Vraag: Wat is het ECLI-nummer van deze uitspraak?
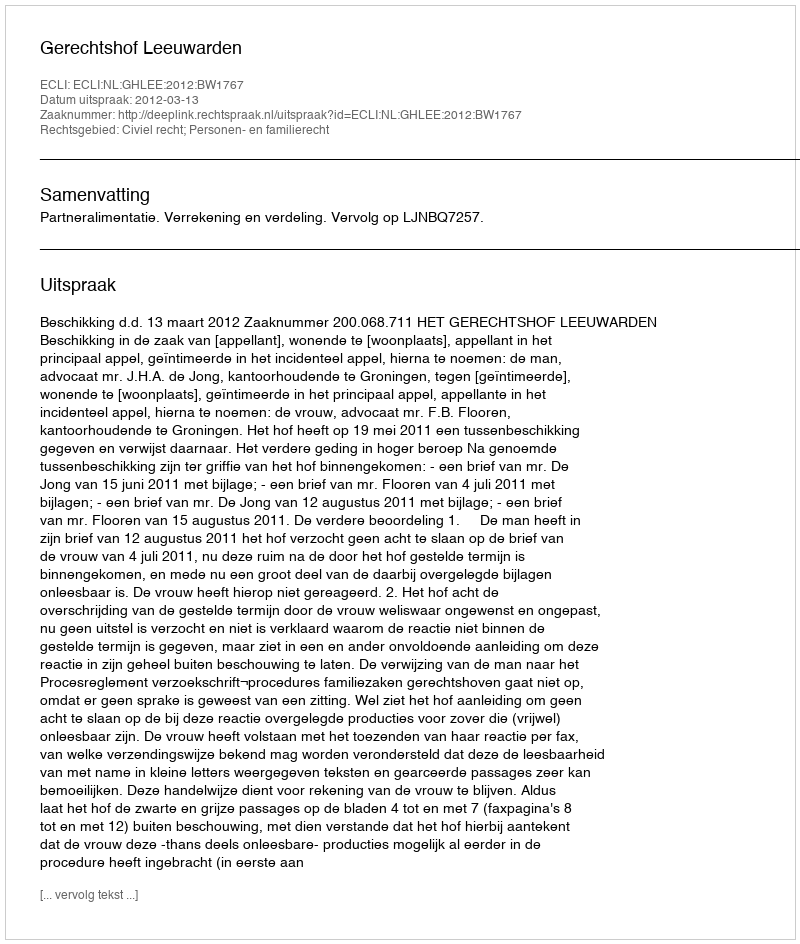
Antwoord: ECLI:NL:GHLEE:2012:BW1767